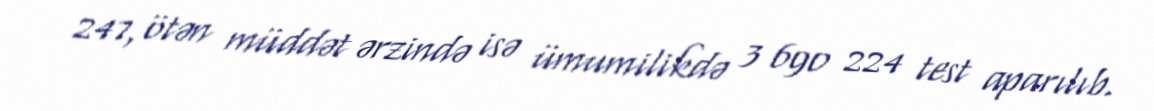
247, ötən müddət ərzində isə ümumilikdə 3 690 224 test aparılıb.